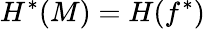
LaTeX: H^{*}(M)=H(f^{*})